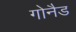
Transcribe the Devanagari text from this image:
गोनैड